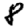
Digit: 8